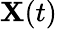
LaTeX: \mathbf{X}(t)